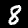
Digit: 8